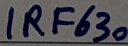
Text: IRR630